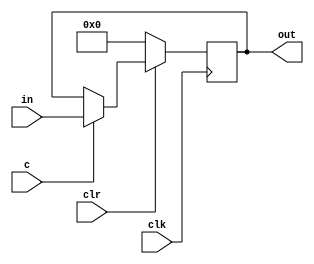
`timescale 1ns / 1ps
///////////////////////////////////////////////////////////////////////////////////////
//John Wright & Danny Peters
//University of Kentucky
//EE480 Spring 2011
//DV Final Project
//
//ls_reg.v
//
//A parameterized load/store register implementing the following control table:
//    c    clr  funct
//    x    0    clear register to 0s
//    0    1    store
//    1    1    load from input
//
///////////////////////////////////////////////////////////////////////////////////////
module ls_reg(in, c, clr, clk, out);
    parameter n = 4;            //register size in bits
    input [n-1:0] in;           //load input
    input c;                    //control line
    input clr;                  //synchronous active-low clear
    input clk;                  //clock
    output reg [n-1:0] out;     //output
    
    always@(posedge clk)
    begin
        if(clr == 0)            //clear to 0s
        begin
            out <= 0;
        end
        else if(c == 1)         //load
        begin
            out <= in;
        end
        else                    //c == 0, so store
        begin
            out <= out;
        end
    end
    
endmodule